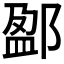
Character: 𨜏